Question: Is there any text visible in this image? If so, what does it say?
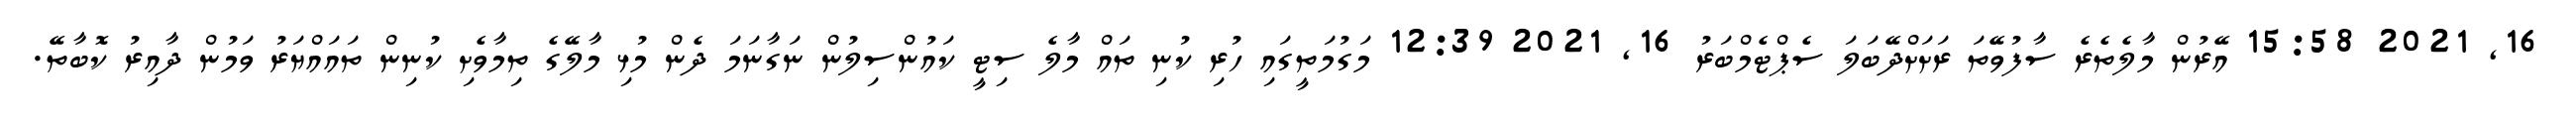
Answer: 16, 2021 15:58 އޭރުން މާލެތެރެ ސާފުވޭތަ ރަށަށްދޭބަލަ ސެޕްޓެމްބަރު 16, 2021 12:39 މަގުމަތީގައި ހުރި ކުނި ތައް މާލެ ސިޓީ ކައުންސިލުން ނަގާނަމަ ދެން މުޅި މާލޭގެ ތިމާވެށި ކުނިން ތައައްޔަރު ވަމުން ދާއިރު ކޮބާތޭ.